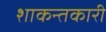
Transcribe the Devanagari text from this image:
शाकन्तकारी